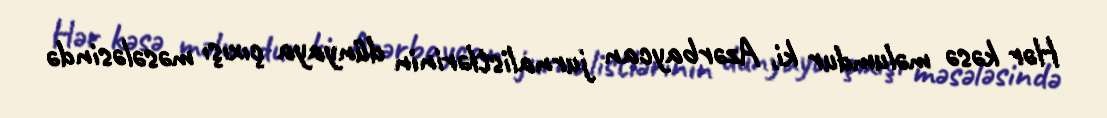
Hər kəsə məlumdur ki, Azərbaycan jurnalistlərinin dünyaya çıxışı məsələsində